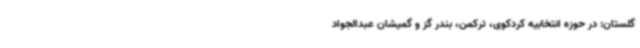
گلستان: در حوزه انتخابیه کردکوی، ترکمن، بندر گز و گمیشان عبدالجواد